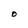
Character: O